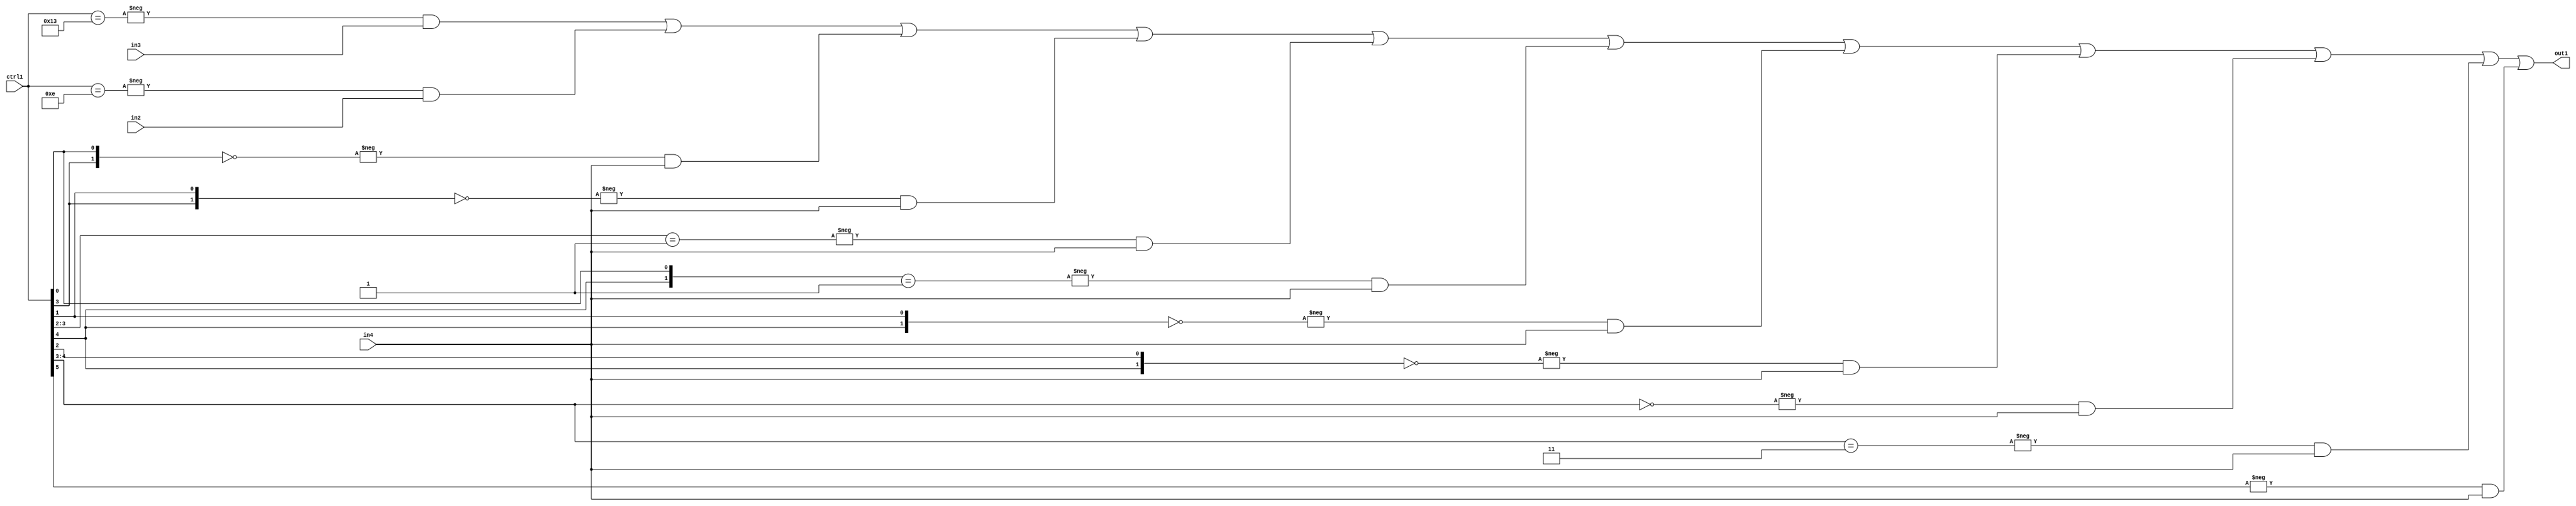
`timescale 1ps / 1ps
/*****************************************************************************
    Verilog RTL Description
    
    
    Created by: Stratus DpOpt 21.05.01 
*******************************************************************************/

module SobelFilter_N_Mux_32_3_73_1 (
	in4,
	in3,
	in2,
	ctrl1,
	out1
	); /* architecture "behavioural" */ 
input [31:0] in4;
input [8:0] in3,
	in2;
input [5:0] ctrl1;
output [31:0] out1;
wire [31:0] asc001;

assign asc001 = 
	-{ctrl1 == 6'B010011} & in3 |
	-{ctrl1 == 6'B001110} & in2 |
	-{{ctrl1[3], ctrl1[0]} == 2'B00} & in4 |
	-{{ctrl1[3], ctrl1[1]} == 2'B00} & in4 |
	-{ctrl1[3:2] == 2'B01} & in4 |
	-{{ctrl1[4], ctrl1[0]} == 2'B01} & in4 |
	-{{ctrl1[4], ctrl1[1]} == 2'B00} & in4 |
	-{{ctrl1[4], ctrl1[2]} == 2'B00} & in4 |
	-{ctrl1[4:3] == 2'B00} & in4 |
	-{ctrl1[4:3] == 2'B11} & in4 |
	-{ctrl1[5] == 1'B1} & in4 ;

assign out1 = asc001;
endmodule

/* CADENCE  vbTwSgA= : u9/ySxbfrwZIxEzHVQQV8Q== ** DO NOT EDIT THIS LINE ******/